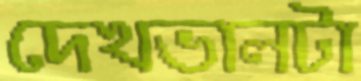
দেখভালটা